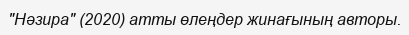
"Нәзира" (2020) атты өлеңдер жинағының авторы.